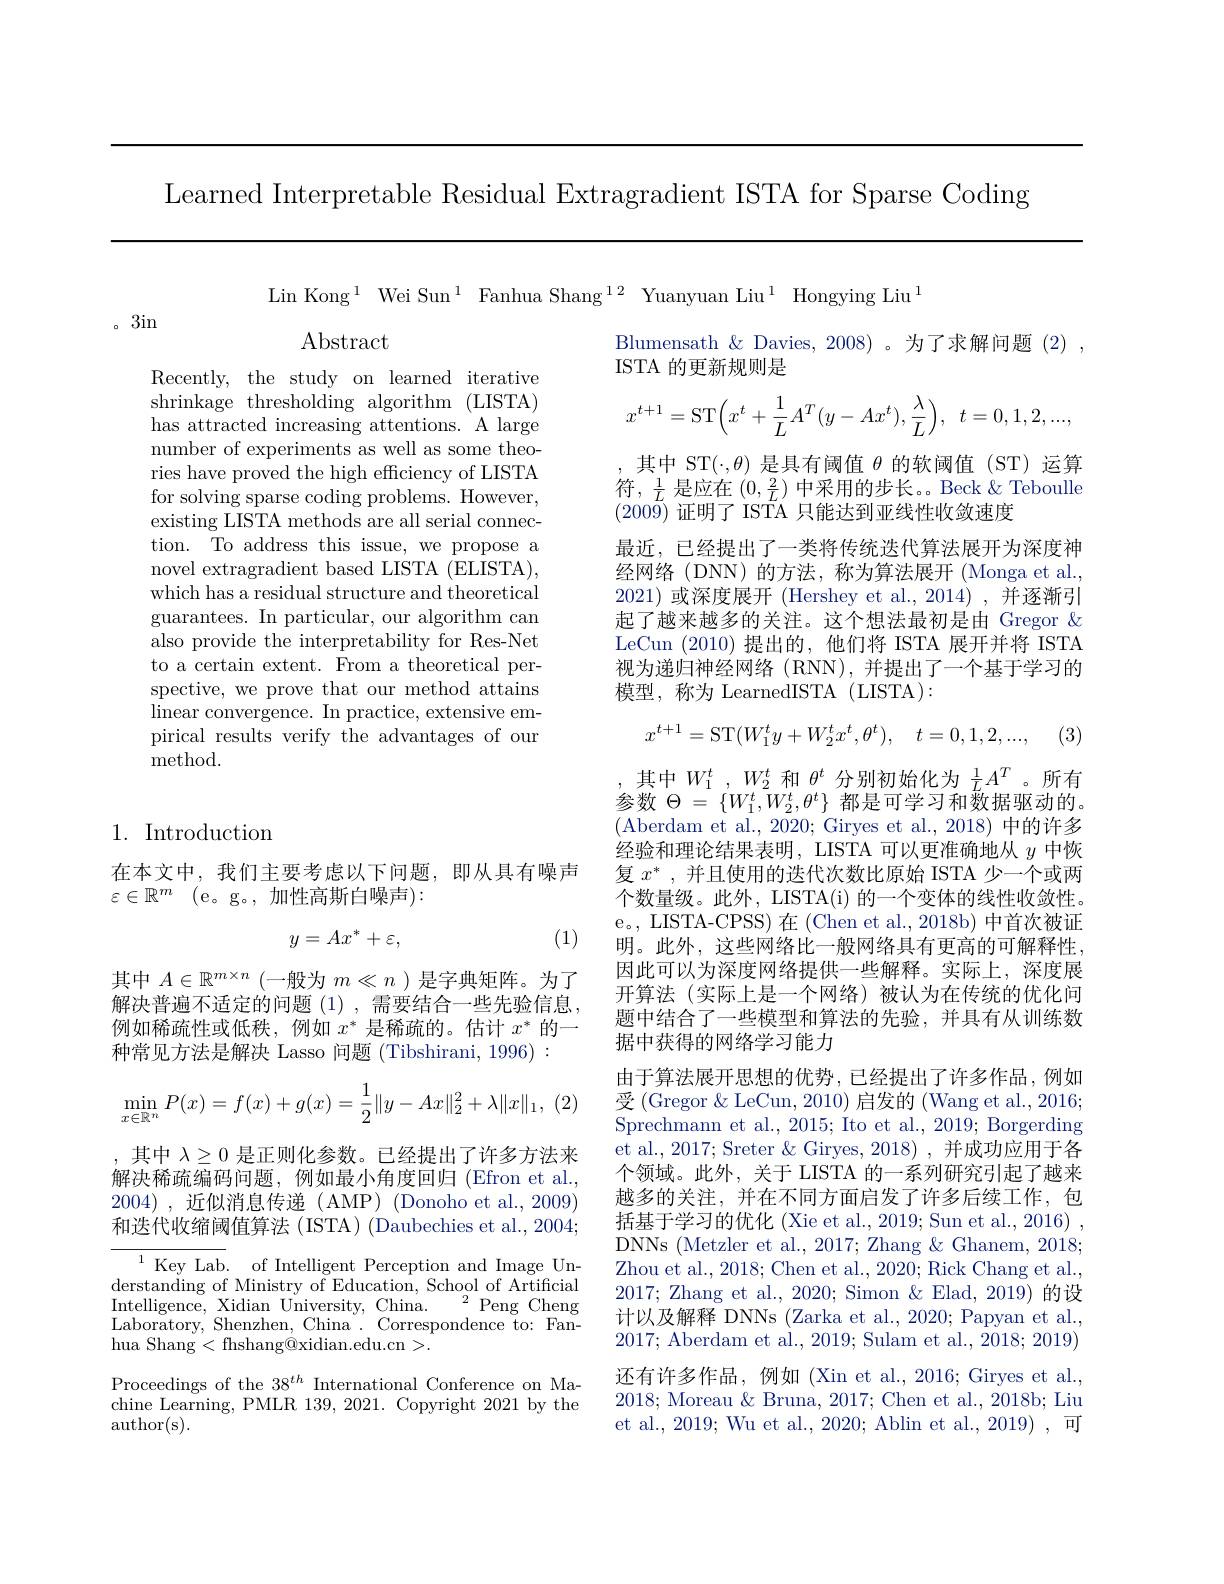
Learned Interpretable Residual Extragradient ISTA for Sparse Coding

Lin Kong$^1$ Wei Sun$^1$ Fanhua Shang$^{12}$ Yuanyuan Liu$^1$ Hongying Liu$^1$
$\operatorname{Abstract}$
Blumensath & Davies, 2008) 。为了求解问题 (2) ,
ISTA 的更新规则是
Recently, the study on learned iterative

。3in
$$x^{t+1}=\mathrm{ST}\Big(x^t+\dfrac{1}{L}A^T(y-Ax^t),\dfrac{\lambda}{L}\Big),\:t=0,1,2,...,$$
shrinkage thresholding algorithm (LISTA) has attracted increasing attentions. A large number of experiments as well as some theories have proved the high efficiency of LISTA for solving sparse coding problems. However, existing LISTA methods are all serial connection. To address this issue, we propose a novel extragradient based LISTA (ELISTA), which has a residual structure and theoretical guarantees. In particular, our algorithm can also provide the interpretability for Res-Net to a certain extent. From a theoretical perspective, we prove that our method attains linear convergence. In practice, extensive empirical results verify the advantages of our method.

,其中 ST$(\cdot,\theta)$是具有阈值$\theta$的软阈值 (ST) 运算符$,\frac1L$是应在$(0,\frac2L)$中采用的步长。Beck $\&$ Teboulle $(200\bar{9})$证明了 ISTA 只能达到亚线性收敛速度
最近，已经提出了一类将传统迭代算法展开为深度神经网络(DNN)的方法，称为算法展开(Monga et al., 2021)或深度展开 (Hershey et al., 2014),并逐渐引起了越来越多的关注。这个想法最初是由 Gregor $\&$ LeCun (2010)提出的，他们将 ISTA 展开并将 ISTA 视为递归神经网络(RNN),并提出了一个基于学习的模型，称为 LearnedISTA (LISTA):
$$x^{t+1}=\mathrm{ST}(W_{1}^{t}y+W_{2}^{t}x^{t},\theta^{t}),\quad t=0,1,2,...,$$
(3)

## 1. Introduction

在本文中，我们主要考虑以下问题，即从具有噪声
$\varepsilon \in \mathbb{R} ^m$ (e。g。,加性高斯白噪声):

(1)
$$y=Ax^*+\varepsilon,$$
其中$W_1^t,W_2^t$和$\theta^t$分别初始化为$\frac1LA^T$ 。所有参数$\Theta=\{W_1^t,W_2^t,\theta^t\}$都是可学习和数据驱动的。(Aberdam et al., 2020; Giryes et al., 2018) 中的许多经验和理论结果表明，LISTA 可以更准确地从$y$中恢复$x^*$,并且使用的迭代次数比原始 ISTA 少一个或两个数量级。此外，LISTA(i) 的一个变体的线性收敛性。e。, LISTA-CPSS) 在 (Chen et al., 2018b) 中首次被证明。此外，这些网络比一般网络具有更高的可解释性， 因此可以为深度网络提供一些解释。实际上，深度展开算法 (实际上是一个网络)被认为在传统的优化问题中结合了一些模型和算法的先验，并具有从训练数据中获得的网络学习能力
由于算法展开思想的优势，已经提出了许多作品，例如受(Gregor$\&$LeCun,2010)启发的(Wang et al.,2016; Sprechmann et al., 2015; Ito et al., 2019; Borgerding et al., 2017; Sreter & Giryes, 2018) , 并成功应用于各个领域。此外，关于 LISTA 的一系列研究引起了越来越多的关注，并在不同方面启发了许多后续工作，包括基于学习的优化 (Xie et al., 2019; Sun et al., 2016) , DNNs (Metzler et al., 2017; Zhang & Ghanem, 2018; Zhou et al., 2018; Chen et al., 2020; Rick Chang et al., 2017; Zhang et al., 2020; Simon & Elad, 2019) 的设计以及解释 DNNs (Zarka et al., 2020; Papyan et al., 2017; Aberdam et al., 2019; Sulam et al., 2018; 2019) 还有许多作品，例如(Xin et al., 2016; Giryes et al., 2018; Moreau $\&$ Bruna, 2017; Chen et al., 2018b; Liu et al., 2019; Wu et al., 2020; Ablin et al., 2019) , 可
$$\min_{x\in\mathbb{R}^n}P(x)=f(x)+g(x)=\frac{1}{2}\|y-Ax\|_2^2+\lambda\|x\|_1,$$
其中$A\in\mathbb{R}^{m\times n}$ (一般为$m\ll n$ )是字典矩阵。为了解决普遍不适定的问题(1),需要结合一些先验信息， 例如稀疏性或低秩，例如$x^*$是稀疏的。估计$x^*$的一种常见方法是解决 Lasso 问题 (Tibshirani, 1996) : ,其中$\lambda\geq0$是正则化参数。已经提出了许多方法来解决稀疏编码问题，例如最小角度回归(Efron et al., 2004),近似消息传递(AMP)(Donoho et al.,2009) 和迭代收缩阈值算法 (ISTA) (Daubechies et al., 2004; ${^{1}\text{Key Lab}. }$ of Intelligent Perception and Image Un-
derstanding of Ministry of Education, School of Artificial
${}^{2}{\mathrm{Peng}}{\mathrm{Cheng}}$
Intelligence, Xidian University, China.
Laboratory, Shenzhen, China . Correspondence to: Fan-
hua Shang<fhshang@xidian.edu.cn>.
Proceedings of the $38^{th}$ International Conference on Machine Learning, PMLR 139, 2021. Copyright 2021 by the author(s).